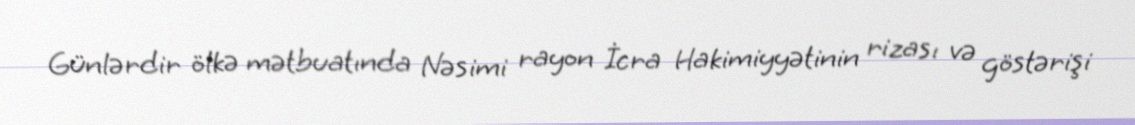
Günlərdir ölkə mətbuatında Nəsimi rayon İcra Hakimiyyətinin rizası və göstərişi